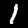
Digit: 1